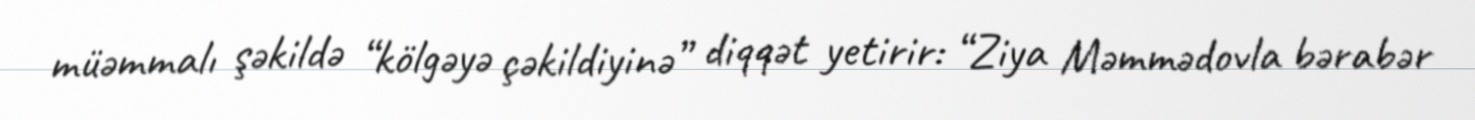
müəmmalı şəkildə “kölgəyə çəkildiyinə” diqqət yetirir: “Ziya Məmmədovla bərabər